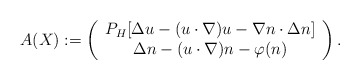
\begin{align*}A(X) :=\left(\begin{array}{c} P_H [ \Delta u - (u\cdot \nabla) u - \nabla n \cdot \Delta n ] \\\Delta n - (u\cdot \nabla) n - \varphi(n)\end{array}\right).\end{align*}